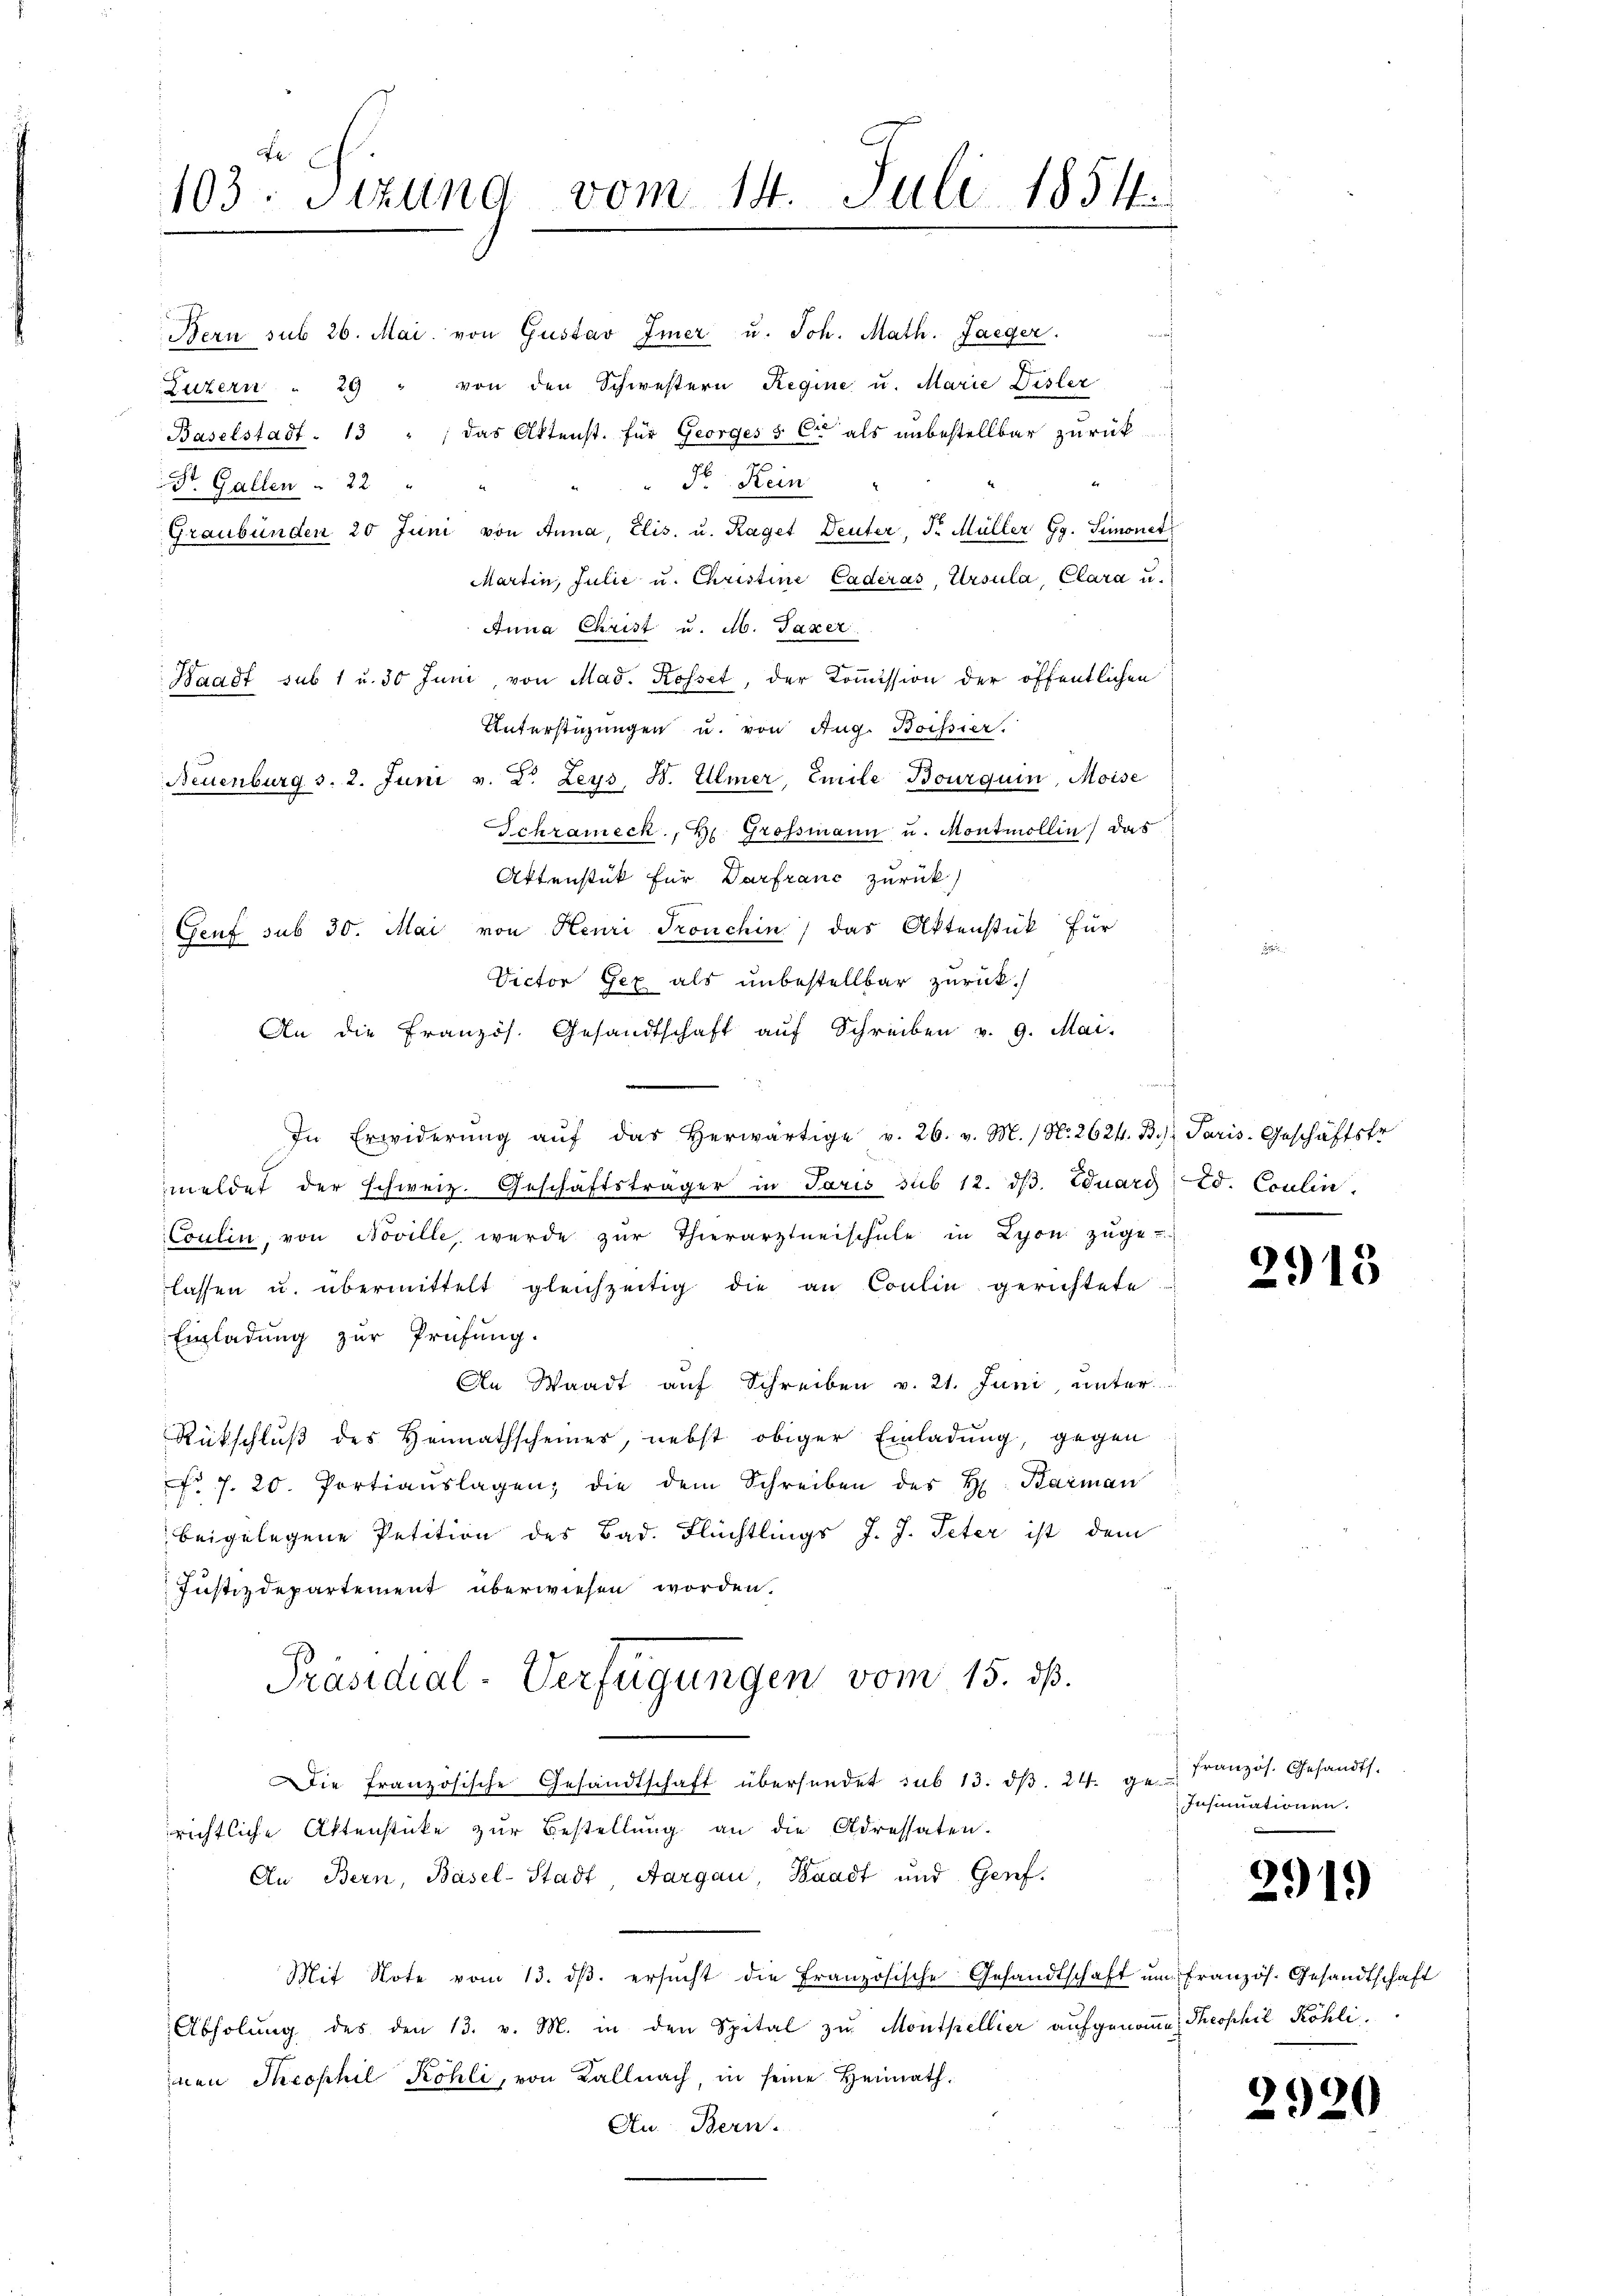
103. Sitzung vom 14. Juli 1851

Bern sub 26. Mai. von Gustav Imer u. Joh. Math. Jaeger.
Luzern " 29 " von den Schwestern Regine u. Marie Disler
Baselstadt. 13 " " das Aktenst. Für Georges & Cie als unbestellbar zurück-
e
Sr. Kein
Dr. Gallen    22 "
Graubünden 20 Juni von Anna, Elis. u. Raget Deuter, J. Müller Gg. Simonet
Martin, Julie u. Christine Caderas, Ursula, Clara u.
Anna Christ u. M. Taxer
Waadt sub 1 u. 30 Juni, von Mad. Rosset, der Koṁission der öffentlichen
Unterstüzungen u. von Aug. Boissier.
Neuenburg s. 2. Juni v. 2. Leys B. Ulmer, Emile Bourquin, Moise
Schrameck, H. Grossmann u. Montmollin, das
Aktenstück für Darfranc zurück
Genf sub 30. Mai von Henri Tronchin) das Aktenstück für
Victor Gex als unbestellbar zurück.
An die französ. Gesandtschaft aŭf Schreiben v. 9. Mai.
In Erwiderŭng aŭf das herwärtige v. 26. v. M. (N. 2624. B. Paris. Geschäftsfr
meldet der schweiz. Geschäftsträger in Paris sub 12. dβ. Eduard Ed. Coulin,
Coulin, von Noville, werde zŭr Thierarztneischŭle in Lyon zŭge
lassen u. übermittelt gleichzeitig die an Coulin gerichtete
Einladung zur Prüfung.
An Waadt auf Schreiben v. 21. Juni, unter
Rückschluß des Heimathscheiner, nebst obiger Einladung, gegen
fr. f. 20. Portiauslagen, die dem Schreiben des H. Baiman
beigelegene Petition des Bad. Flüchtlings J. J. Peter ist dem
Justizdepartement überwiesen worden.
Präsidial-Verfügungen vom 15. dß.
Die französische Gesandtschaft übersendet sub 13. dβ. 24. ge. Französ. Gesandts.
richtliche Aktenstücke zur Bestellung an die Adressaten.
An Bern, Basel-Stadt, Aargau, Waadt und Genf.
Mit Note vom 13. dβ. ersŭcht die Französische Gesandtschaft ŭm französ. Gesandtschaft
Abholung des den 13. v. M. in den Spital zu Monthellier aufgenomme, Theophil Köhliinen Theophil Köhli, von Kallnach, in seine Heimath¬
Au. Bern.

2915

Insumationen.

2919

2920